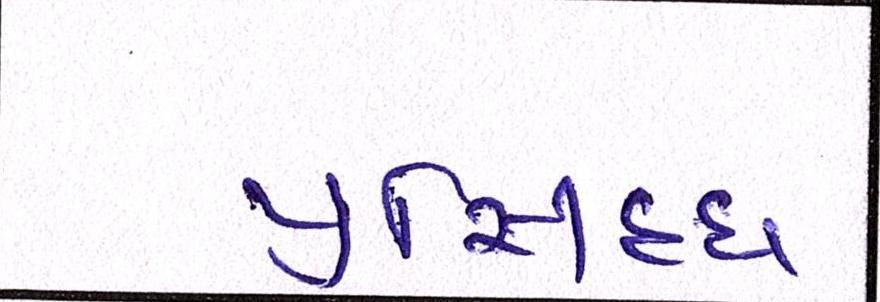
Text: પ્રસિધ્ધ